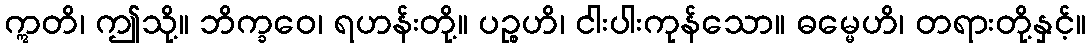
ဣတိ၊ ဤသို့။ ဘိက္ခဝေ၊ ရဟန်းတို့။ ပဉ္စဟိ၊ ငါးပါးကုန်သော။ ဓမ္မေဟိ၊ တရားတို့နှင့်။